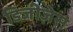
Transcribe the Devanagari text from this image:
डिजीज़ेस